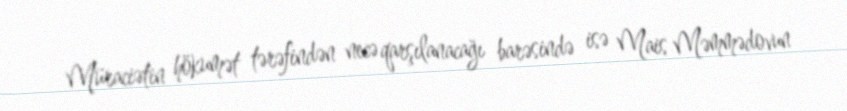
Müraciətin hökumət tərəfindən necə qarşılanacağı barəsində isə Mais Məmmədovun